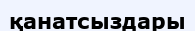
қанатсыздары